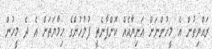
ރައްޔިތުން އެ މީހުންނަށް އަނިޔާއެއް ކޮށްފާނެތީ ފުލުހުންގެ ހިމާޔަތަށް އެ ދެ މީހުން